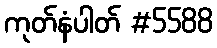
ကုတ်နံပါတ် #5588